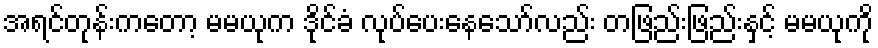
အရင်တုန်းကတော့ မမယုက ဒိုင်ခံ လုပ်ပေးနေသော်လည်း တဖြည်းဖြည်းနှင့် မမယုကို